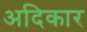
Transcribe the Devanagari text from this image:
अदिकार